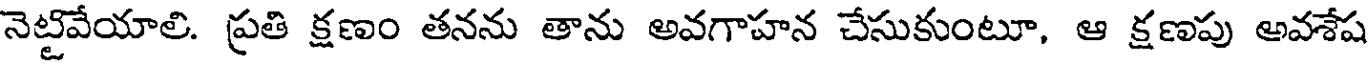
నెట్టివేయాలి. ప్రతి క్షణం తనను తాను అవగాహన చేసుకుంటూ, ఆ క్షణపు అవశేష